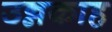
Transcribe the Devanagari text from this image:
उन्नकाह